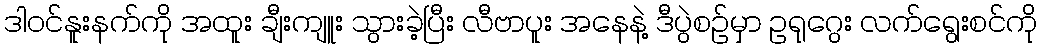
ဒါ၀င်နူးနက်ကို အထူး ချီးကျူး သွားခဲ့ပြီး လီဗာပူး အနေနဲ့ ဒီပွဲစဉ်မှာ ဥရုဂွေး လက်ရွေးစင်ကို